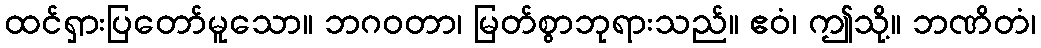
ထင်ရှားပြတော်မူသော။ ဘဂဝတာ၊ မြတ်စွာဘုရားသည်။ ဧဝံ၊ ဤသို့။ ဘဏိတံ၊